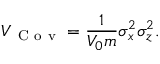
V _ { \mathrm { ~ C ~ o ~ v ~ } } = \frac { 1 } { V _ { 0 } m } \sigma _ { x } ^ { 2 } \sigma _ { z } ^ { 2 } .